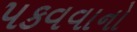
પકવવાનો